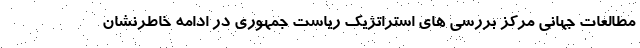
مطالعات جهانی مرکز بررسی های استراتژیک ریاست جمهوری در ادامه خاطرنشان